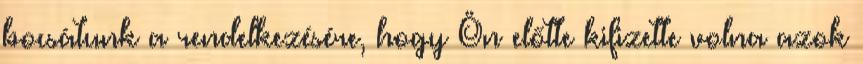
bocsátunk a rendelkezésére, hogy Ön előtte kifizette volna azok